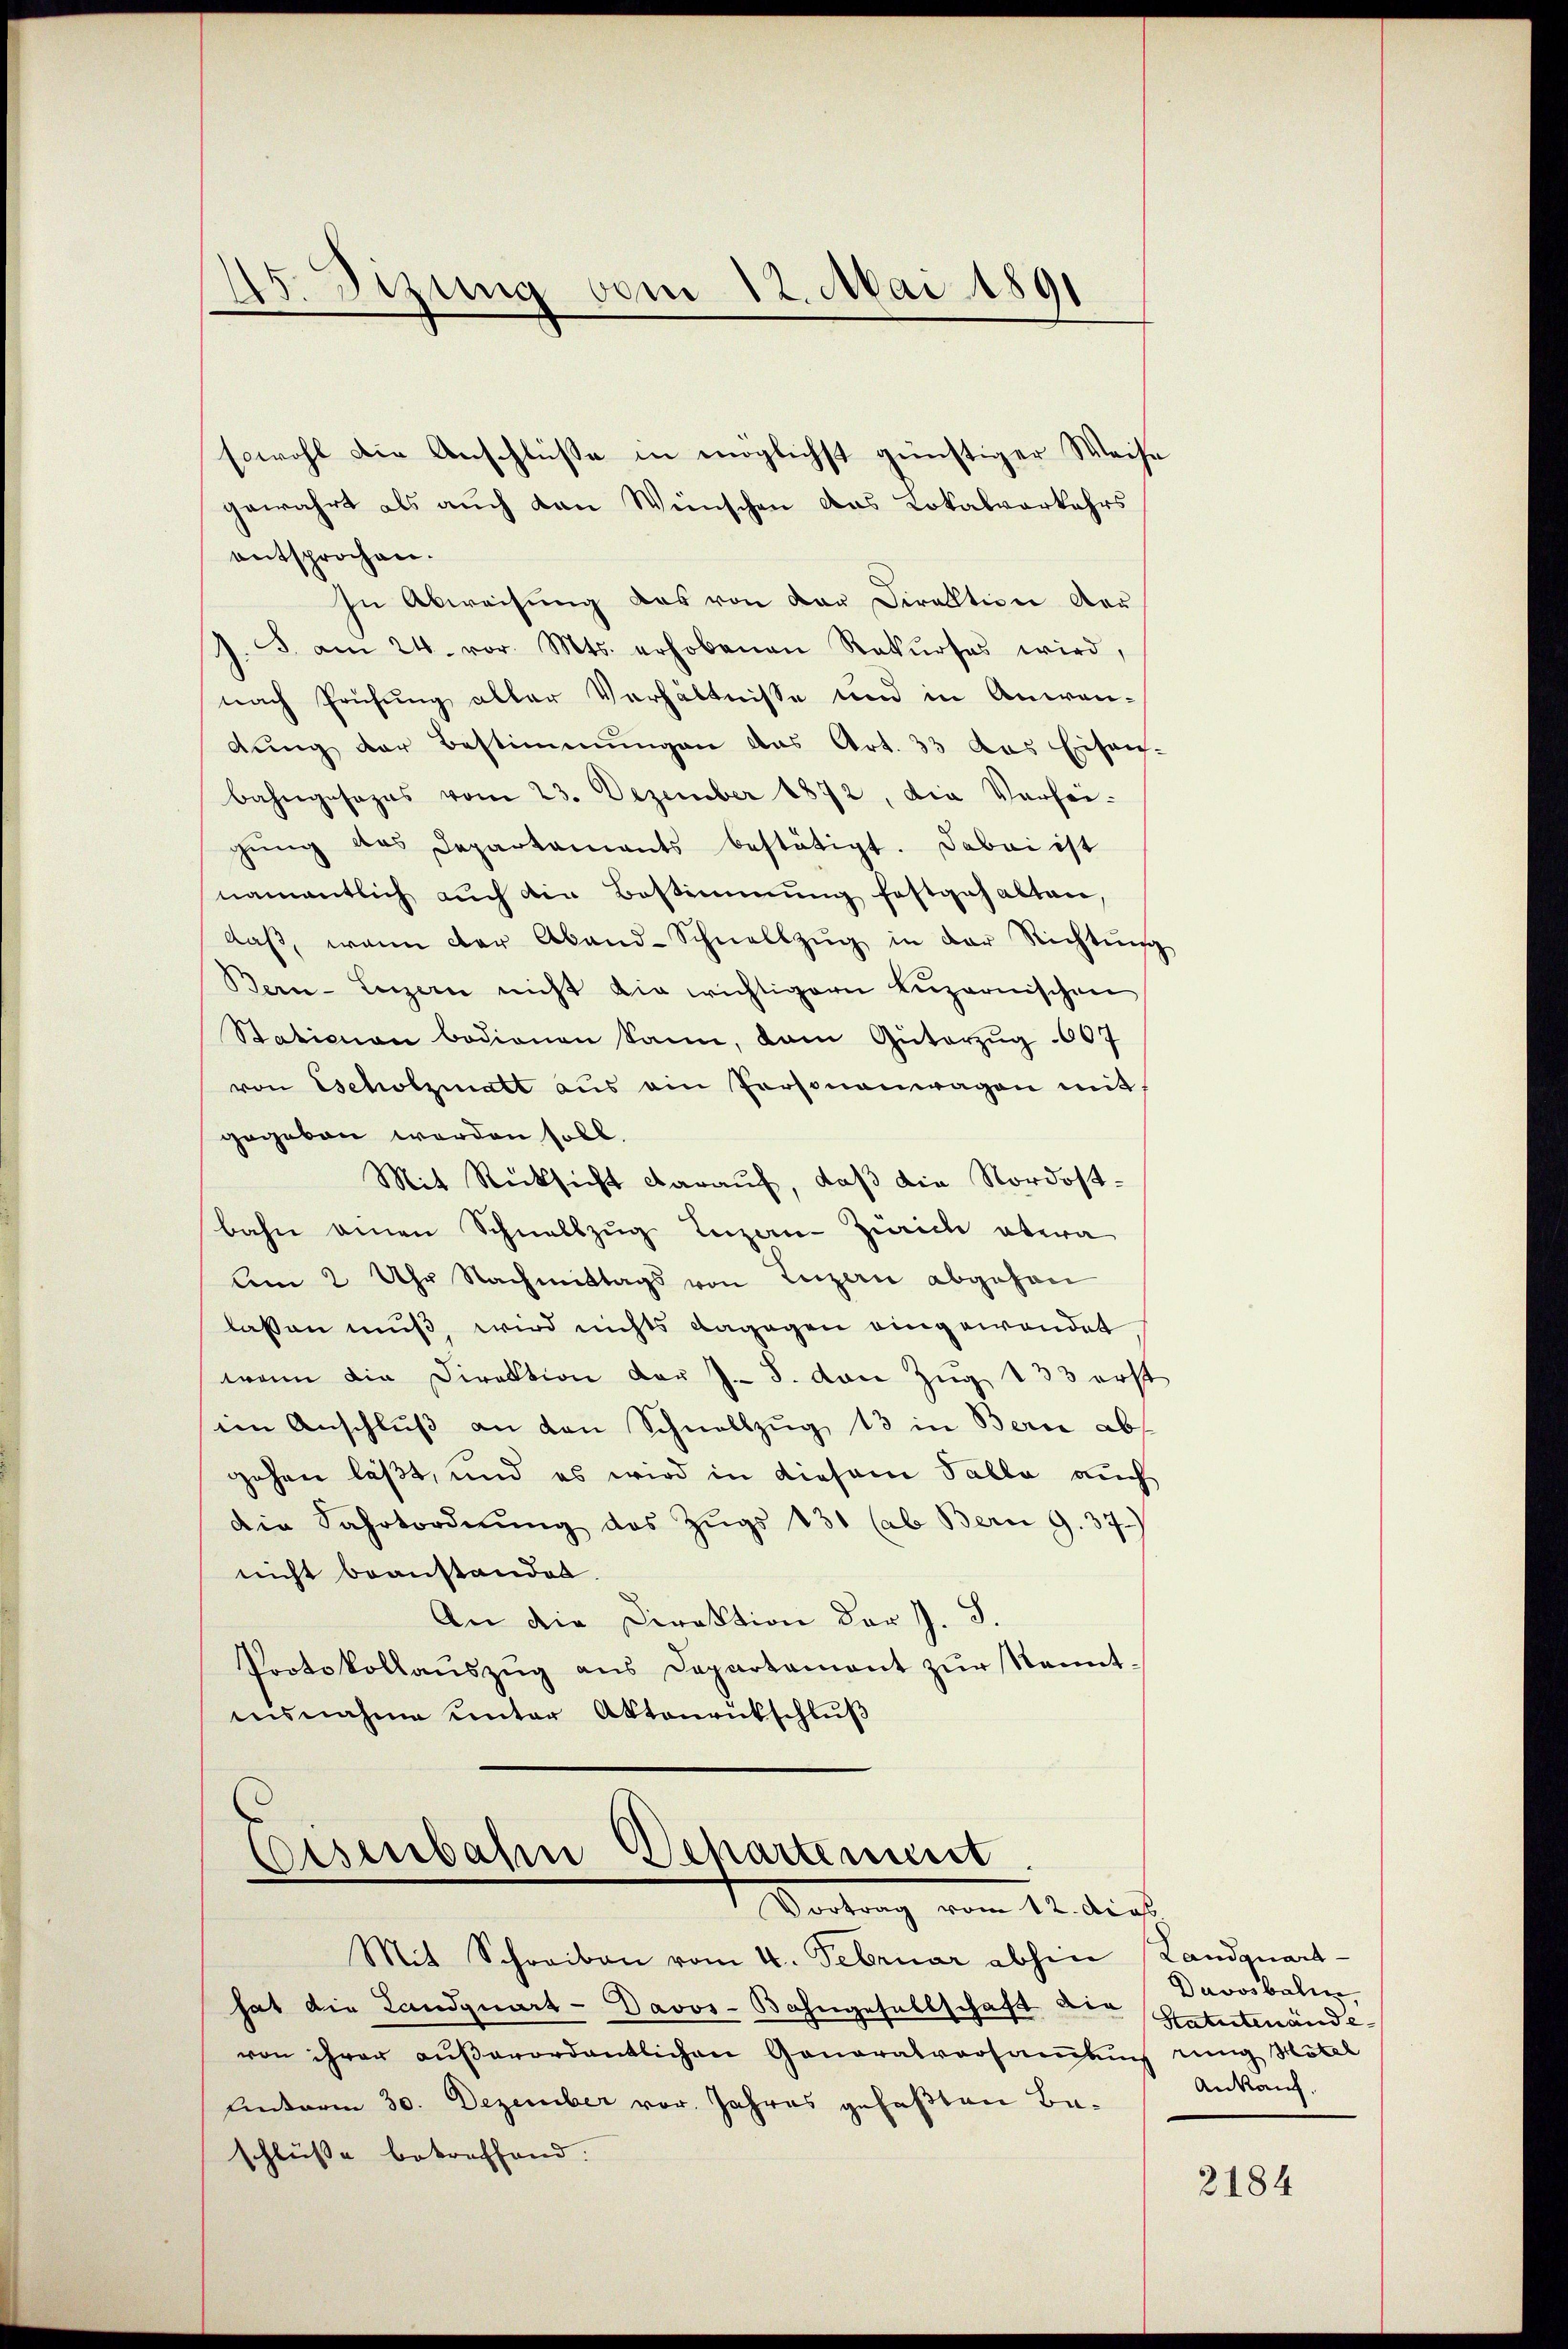
45. Sizung vom 12. Mai 1891

sowohl die Anschlüße in möglichst günstiger Weise
gewahrt als auch von Wünschen das Lokalverkehrs
entsprochen.
In Abweisung das von der Direktion der
J. J. am 24. vor. Mts. erhobenen Rekŭrses wird,
nach Prüfung aller Verhältnisse und in Anwen-
dung der Bestimmungen das Art. 33 das Eisen
bahngesages vom 23. Dezember 1872, die Verhei-
gŭng des Departaments bestätigt. Dabei ist
namentlich auch die Bestimmung festgehalten,
daβ, wenn der Abend-Schnellzŭg in der Richtung
Bern-Luzern nicht die wichtigern Lŭzernischen
Stationen bedienen kann, dam Güterzug 607
von Escholzmatt aus ein Personauwagen mit,
gegeben werden soll.
Mit Rücksicht darauf, daß die Nordostbahn einen Schnellzug Luzern-Zürich etwa
Am 2 Uhr Nachmittags von Luzern abgehen
lassen muß, wird nichts dagegen eingewendet
wenn die Direktion der J. S. von Zug 133 erst
im Anschlŭβ an den Schnellzŭg 13 in Bern abs
gehen läßt, und es wird in diesem Talla auch
die Fahrtordnŭng des Zŭgs 131 (ab Bern G. 37.
nicht beanstanden.
An die Direktion der J. S.
Protokollaŭszŭg aŭs Departament zŭr Kennt-
nisnahme unter Aktenrückschluß

hat die Landquart - Davos- Bahngesellschaft der Statutenändevon ihrer aŭβerordentlichen Ganaratversaṁlŭng einig Mötel
Unterm 30. Dezember vor. Jahres gefaßten Baschlüsse betreffend.

Eisenbahn Departement
Vertrag vom 14. die
Mit Schreiben vom 4. Februar abhin

Landquart
Davosbali
Ankauf.

2184